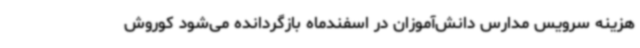
هزینه‌ سرویس مدارس دانش‌آموزان در اسفندماه بازگردانده می‌شود کوروش